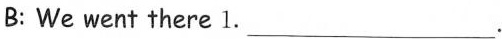
B: We went there 1.___.